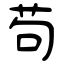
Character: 茍